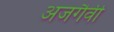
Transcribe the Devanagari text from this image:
अजगैवी